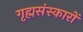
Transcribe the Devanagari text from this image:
गृह्मसंस्कारों